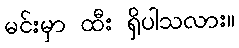
မင်းမှာ ထီး ရှိပါသလား။